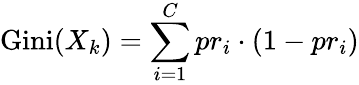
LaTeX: \operatorname{Gini}(X_{k})=\sum_{i=1}^{C}pr_{i}\cdot(1-pr_{i})